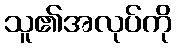
သူ၏အလုပ်ကို